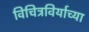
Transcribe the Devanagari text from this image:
विचित्रविर्याच्या